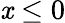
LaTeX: \mathit{x}\le0